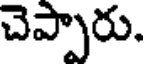
చెప్పారు.